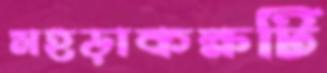
মহড়াকক্ষটি